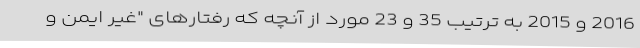
2016 و 2015 به ترتیب 35 و 23 مورد از آنچه که رفتارهای "غیر ایمن و